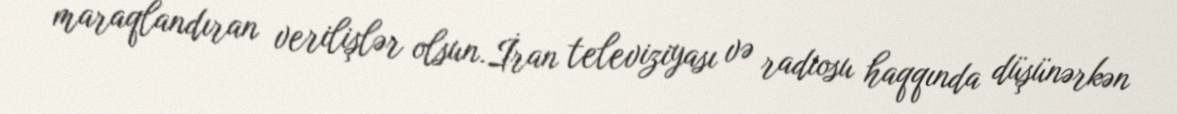
maraqlandıran verilişlər olsun.İran televiziyası və radiosu haqqında düşünərkən